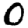
Digit: 0